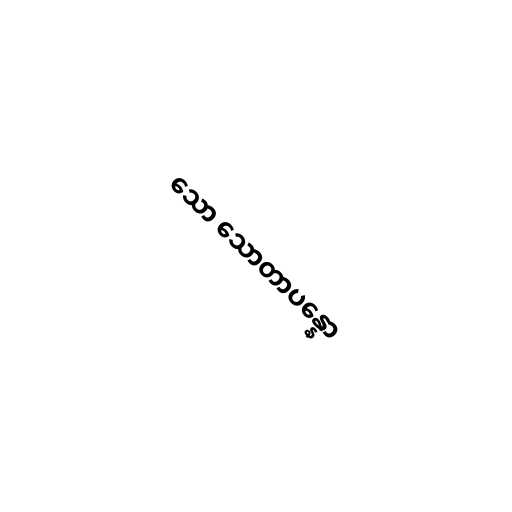
သော သောတာပန္နော